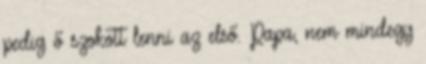
pedig ő szokott lenni az első. Papa, nem mindegy